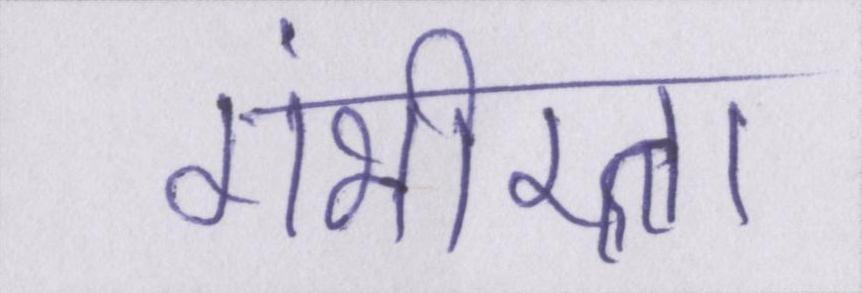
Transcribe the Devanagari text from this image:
गंभीरता